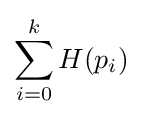
\sum _{i=0}^{k}H(p_{i})